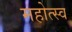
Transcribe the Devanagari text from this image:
महोत्स्व